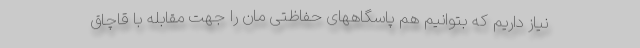
نیاز داریم که بتوانیم هم پاسگاههای حفاظتی مان را جهت مقابله با قاچاق